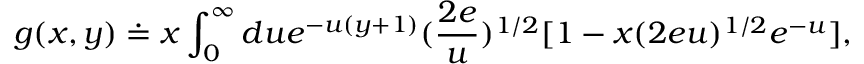
g ( x , y ) \doteq x \int _ { 0 } ^ { \infty } d u e ^ { - u ( y + 1 ) } ( \frac { 2 e } { u } ) ^ { 1 / 2 } [ 1 - x ( 2 e u ) ^ { 1 / 2 } e ^ { - u } ] ,